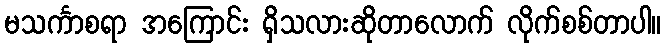
မသင်္ကာစရာ အကြောင်း ရှိသလားဆိုတာလောက် လိုက်စစ်တာပါ။